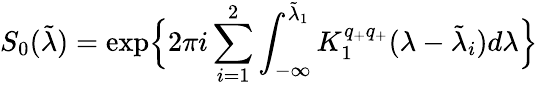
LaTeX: S_{0}(\tilde{\lambda})=\exp\Bigl\{ 2\pi i\sum_{i=1}^{2}\int_{-\infty}^{\tilde{\lambda}_{1}}K_{1}^{q_{+}q_{+}}(\lambda-\tilde{\lambda}_{i})d\lambda\Bigr\}